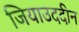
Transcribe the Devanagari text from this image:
जियाउददीन